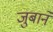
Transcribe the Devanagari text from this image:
जुबाने